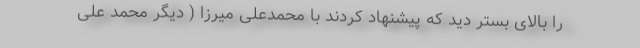
را بالای بستر دید که پیشنهاد کردند با محمدعلی میرزا ( دیگر محمد علی